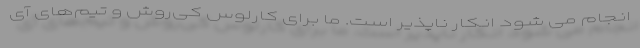
انجام می شود انکار ناپذیر است. ما برای کارلوس کی‌روش و تیم‌های آی